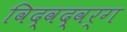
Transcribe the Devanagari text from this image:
विद्वद्वर्ग